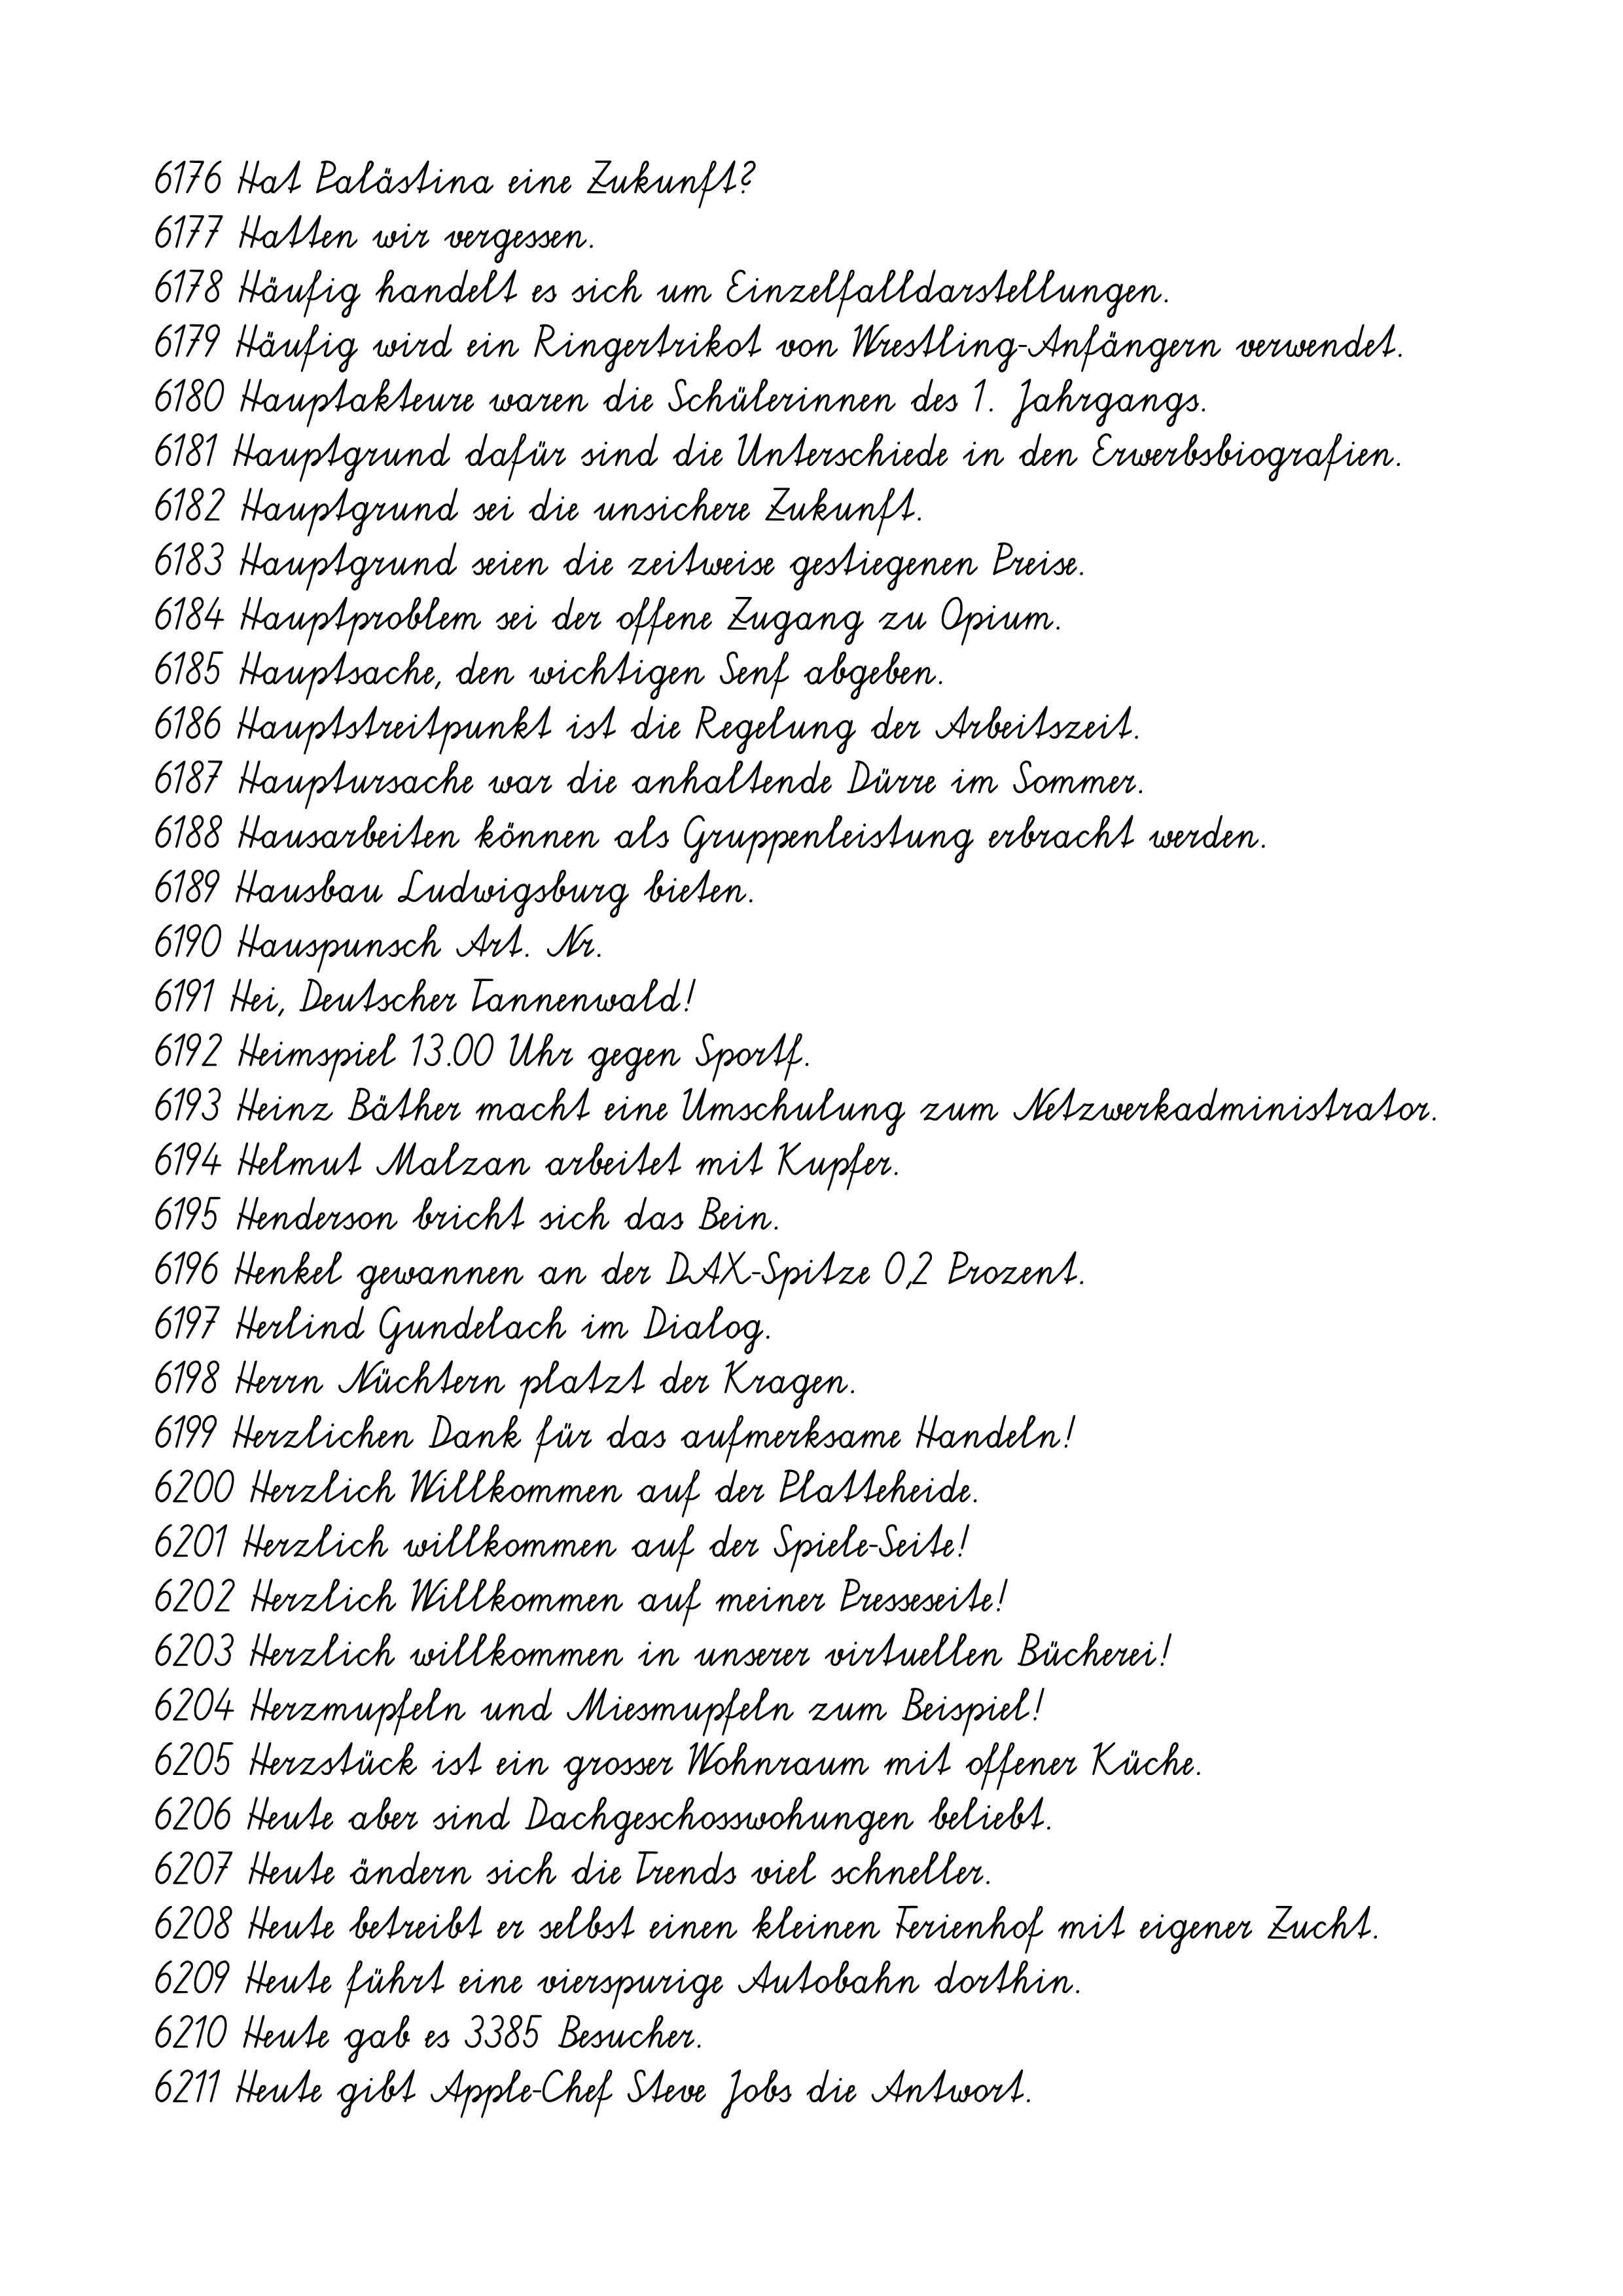
6176 Hat Palästina eine Zukunft?
6177 Hatten wir vergessen.
6178 Häufig handelt es sich um Einzelfalldarstellungen.
6179 Häufig wird ein Ringertrikot von Wrestling-Anfängern verwendet.
6180 Hauptakteure waren die Schülerinnen des 1. Jahrgangs.
6181 Hauptgrund dafür sind die Unterschiede in den Erwerbsbiografien.
6182 Hauptgrund sei die unsichere Zukunft.
6183 Hauptgrund seien die zeitweise gestiegenen Preise.
6184 Hauptproblem sei der offene Zugang zu Opium.
6185 Hauptsache, den wichtigen Senf abgeben.
6186 Hauptstreitpunkt ist die Regelung der Arbeitszeit.
6187 Hauptursache war die anhaltende Dürre im Sommer.
6188 Hausarbeiten können als Gruppenleistung erbracht werden.
6189 Hausbau Ludwigsburg bieten.
6190 Hauspunsch Art. Nr.
6191 Hei, Deutscher Tannenwald!
6192 Heimspiel 13.00 Uhr gegen Sportf.
6193 Heinz Bäther macht eine Umschulung zum Netzwerkadministrator.
6194 Helmut Malzan arbeitet mit Kupfer.
6195 Henderson bricht sich das Bein.
6196 Henkel gewannen an der DAX-Spitze 0,2 Prozent.
6197 Herlind Gundelach im Dialog.
6198 Herrn Nüchtern platzt der Kragen.
6199 Herzlichen Dank für das aufmerksame Handeln!
6200 Herzlich Willkommen auf der Platteheide.
6201 Herzlich willkommen auf der Spiele-Seite!
6202 Herzlich Willkommen auf meiner Presseseite!
6203 Herzlich willkommen in unserer virtuellen Bücherei!
6204 Herzmupfeln und Miesmupfeln zum Beispiel!
6205 Herzstück ist ein grosser Wohnraum mit offener Küche.
6206 Heute aber sind Dachgeschosswohungen beliebt.
6207 Heute ändern sich die Trends viel schneller.
6208 Heute betreibt er selbst einen kleinen Ferienhof mit eigener Zucht.
6209 Heute führt eine vierspurige Autobahn dorthin.
6210 Heute gab es 3385 Besucher.
6211 Heute gibt Apple-Chef Steve Jobs die Antwort.